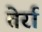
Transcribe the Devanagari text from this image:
तेर्रा